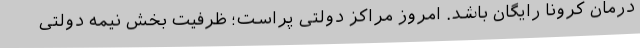
درمان کرونا رایگان باشد. امروز مراکز دولتی پراست؛ ظرفیت بخش نیمه دولتی